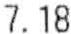
7.18